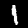
Label: 1